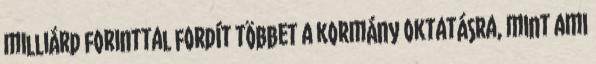
milliárd forinttal fordít többet a kormány oktatásra, mint ami